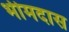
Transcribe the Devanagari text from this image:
भीमदास